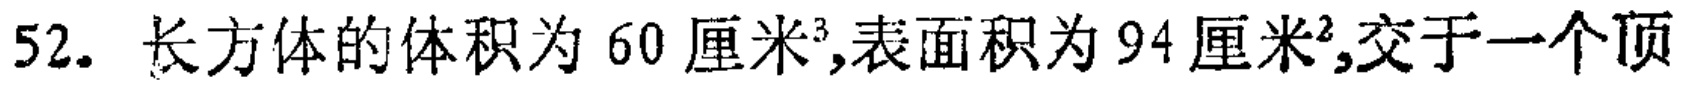
52. 长方体的体积为 60 厘米³,表面积为 94 厘米²,交于一个顶